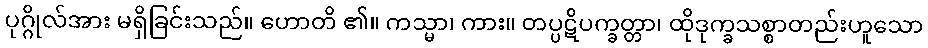
ပုဂ္ဂိုလ်အား မရှိခြင်းသည်။ ဟောတိ ၏။ ကသ္မာ၊ ကား။ တပ္ပဋိပက္ခတ္တာ၊ ထိုဒုက္ခသစ္စာတည်းဟူသော